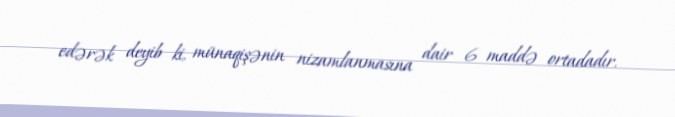
edərək deyib ki, münaqişənin nizamlanmasına dair 6 maddə ortadadır.